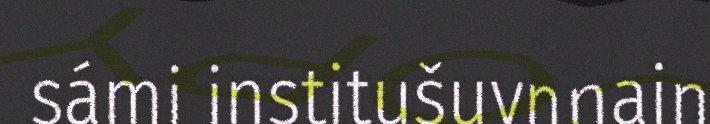
sámi institušuvnnain